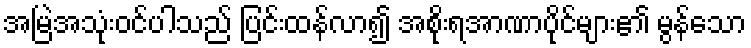
အမြဲအသုံးဝင်ပါသည် ပြင်းထန်လာ၍ အစိုးရအာဏာပိုင်များ၏ မွန်သော